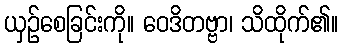
ယှဉ်စေခြင်းကို။ ဝေဒိတဗ္ဗာ၊ သိထိုက်၏။